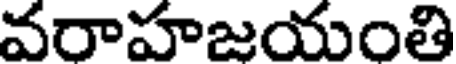
వరాహజయంతి